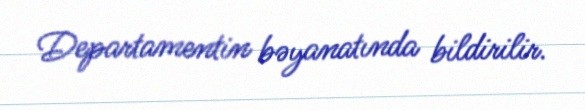
Departamentin bəyanatında bildirilir.